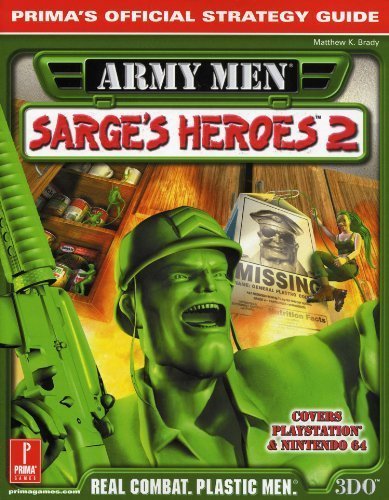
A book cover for Army Men Sarge's Heroes 2: Prima's Official Strategy Guide; Matthew K. Brady; Science Fiction & Fantasy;